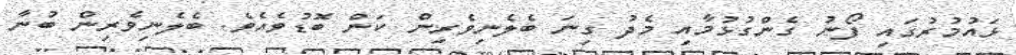
ޅައުމުރުގައި ފޯނު ގެންގުޅުމާއި މެދު ގިނަ ބެލެނިވެރިން ކަން ބޮޑުވެއެވެ. ބެލެނިވެރިން ބުނާ